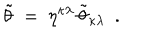
\tilde { \theta } ~ = ~ \eta ^ { \kappa \lambda } \, \tilde { \theta } _ { \kappa \lambda } ~ ~ .